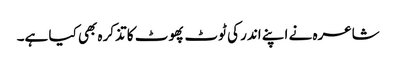
شاعرہ نے اپنے اندر کی ٹوٹ پھوٹ کا تذکرہ بھی کیا ہے۔